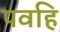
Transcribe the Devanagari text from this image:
पवहि